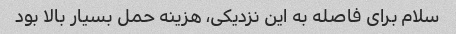
سلام برای فاصله به این نزدیکی، هزینه حمل بسیار بالا بود